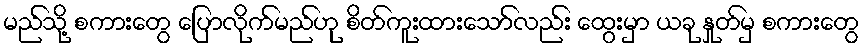
မည်သို့ စကားတွေ ပြောလိုက်မည်ဟု စိတ်ကူးထားသော်လည်း ထွေးမှာ ယခု နှုတ်မှ စကားတွေ